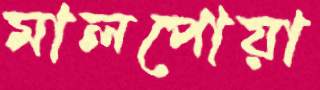
মালপোয়া